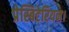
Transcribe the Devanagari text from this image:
प्रेस्बिटेरियन।